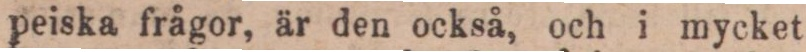
peiska frågor, är den också, och i mycket